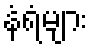
နံရံများ